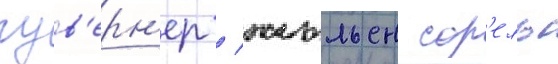
гув'ерн'ер / жюльен сор'ель